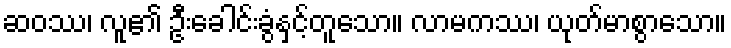
ဆဝဿ၊ လူ၏ ဦးခေါင်းခွံနှင့်တူသော။ လာမကဿ၊ ယုတ်မာစွာသော။